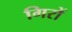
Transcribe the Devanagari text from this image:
गिरों